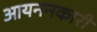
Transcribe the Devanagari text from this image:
आयननकारी